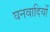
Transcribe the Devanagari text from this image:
घनवादियों